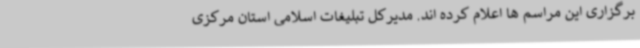
برگزاری این مراسم ها اعلام کرده اند. مدیرکل تبلیغات اسلامی استان مرکزی